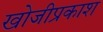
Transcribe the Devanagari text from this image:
खोजीप्रकाश